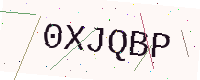
Text: 0XJQBP